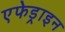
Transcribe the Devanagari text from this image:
एफेड्राइन